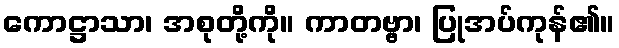
ကောဋ္ဌာသာ၊ အစုတို့ကို။ ကာတဗ္ဗာ၊ ပြုအပ်ကုန်၏။